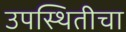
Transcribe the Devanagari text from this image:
उपस्थितीचा